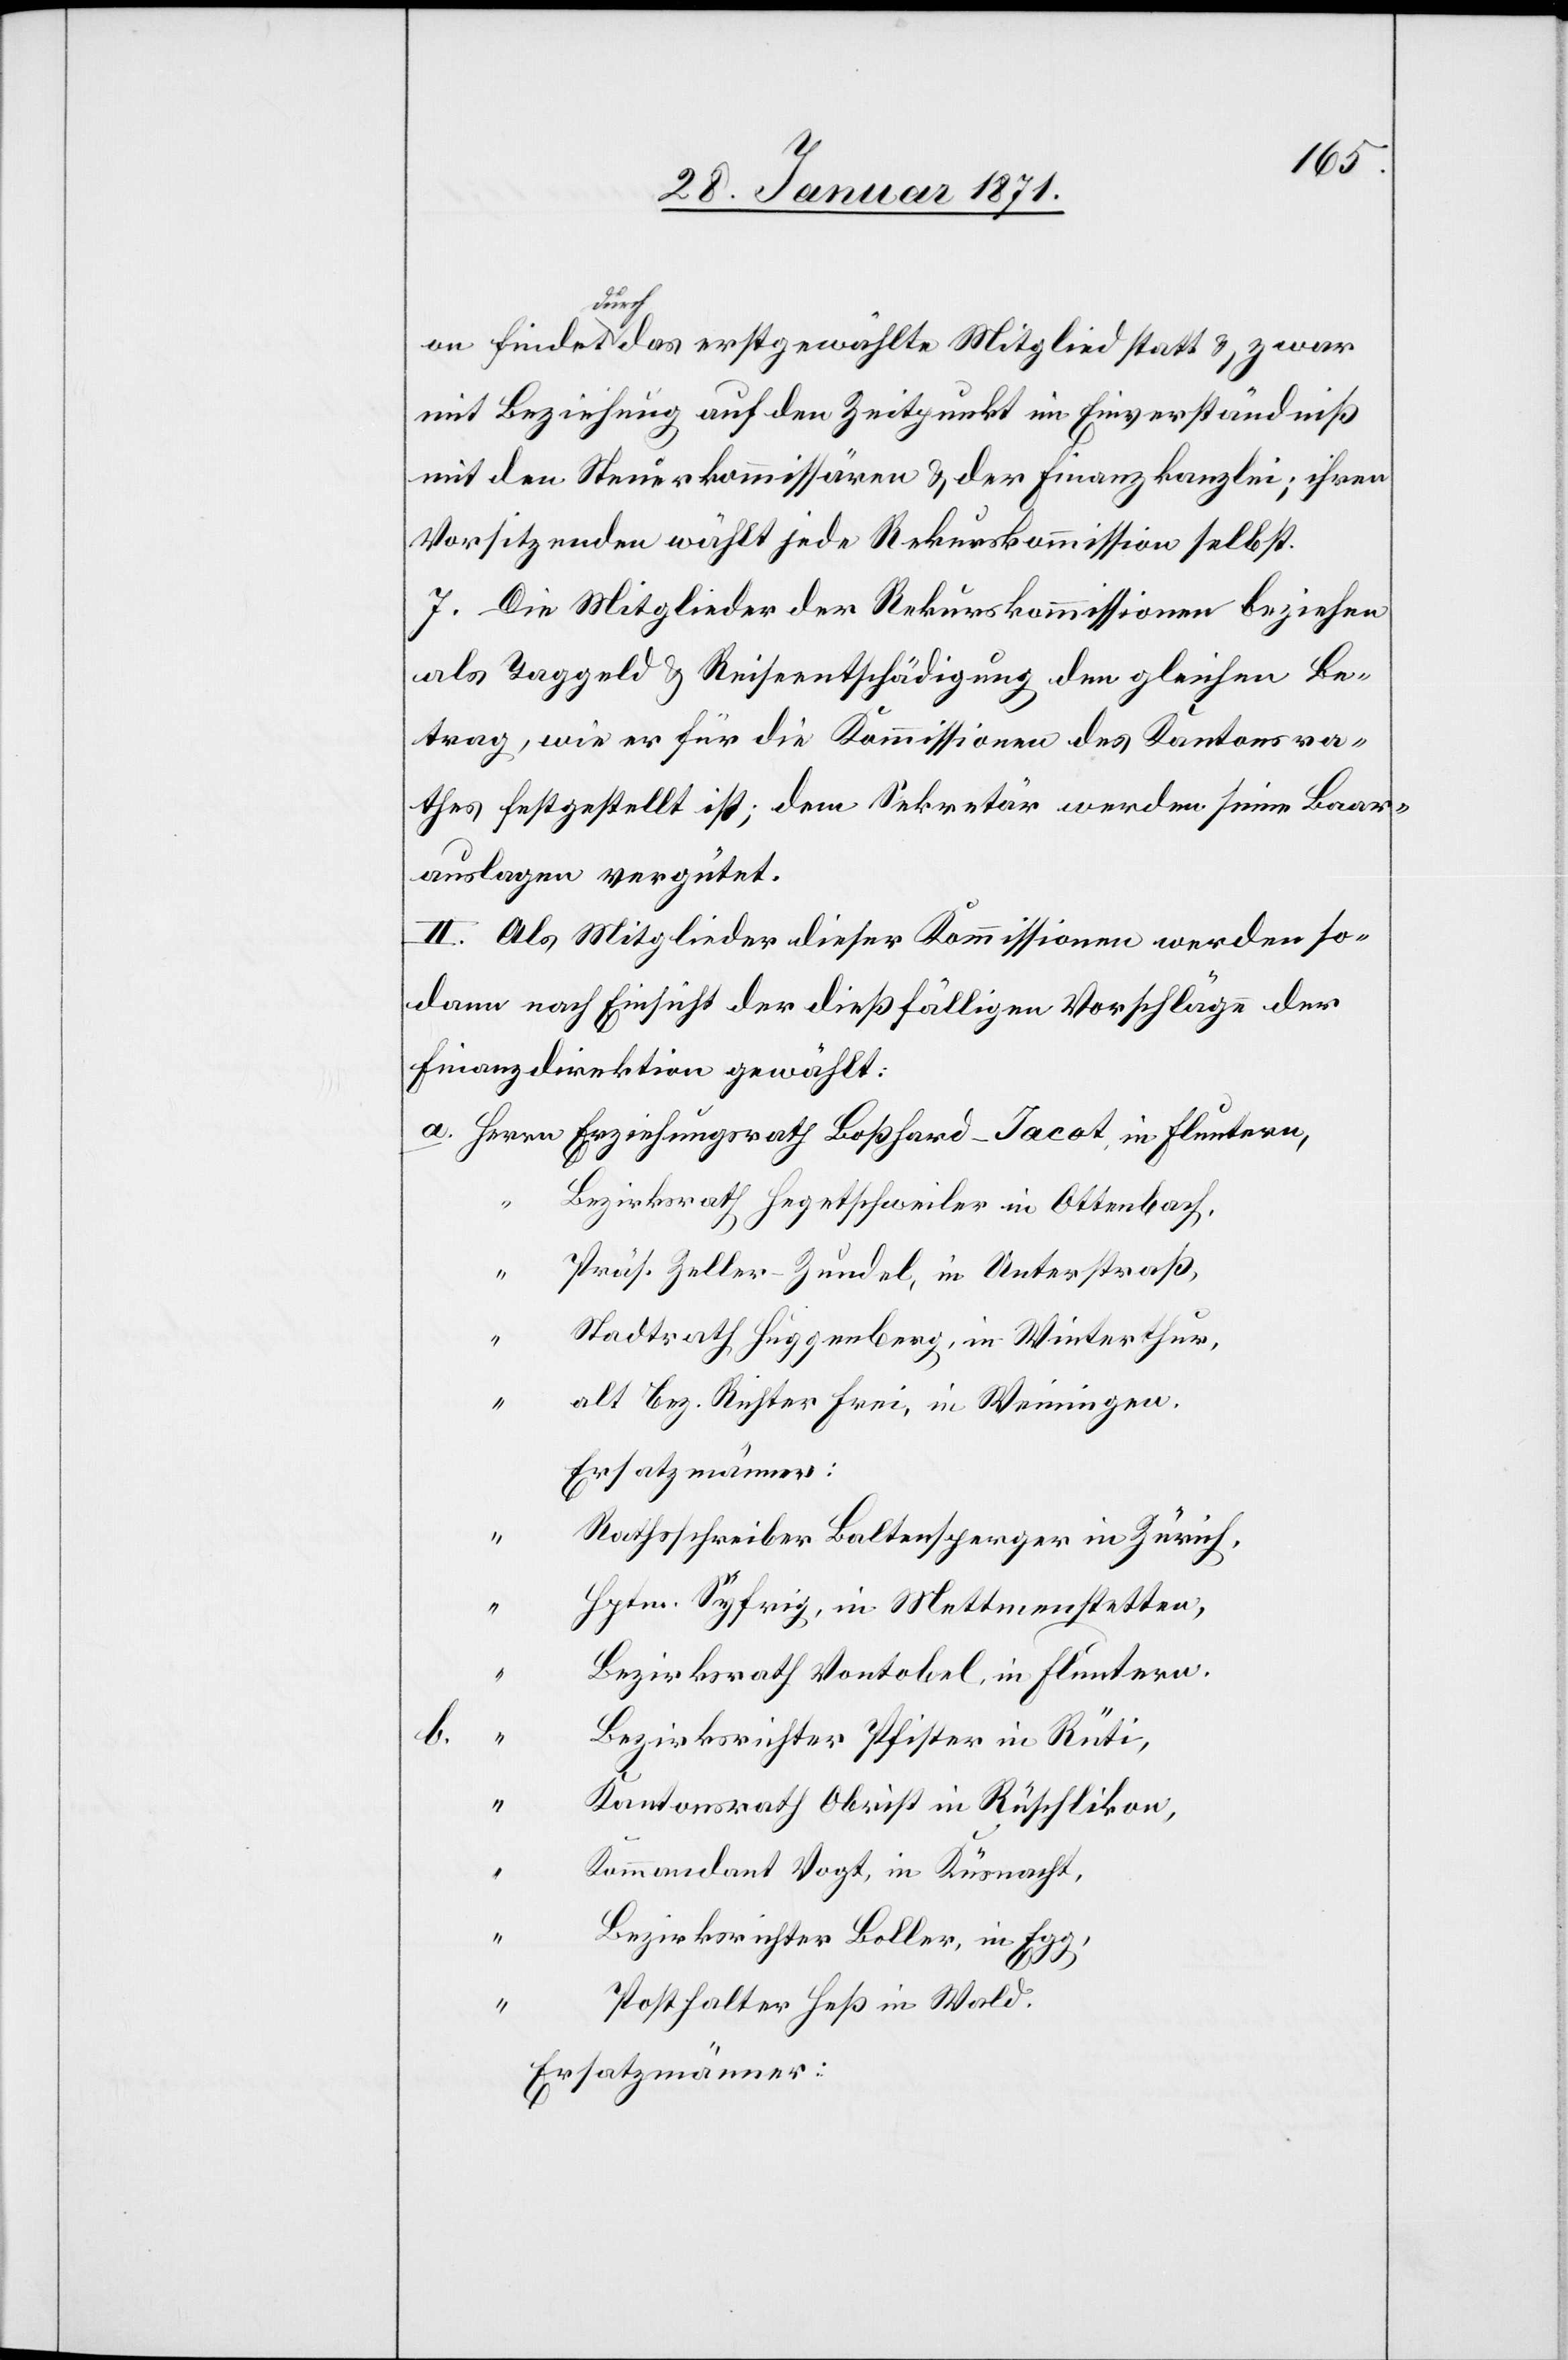
on findet durch das erstgewählte Mitglied statt u. zwar
mit Beziehung auf den Zeitpunkt im Einverständniß
mit den Steuerkommissären u. der Finanzkanzlei; ihren
Vorsitzenden wählt jede Rekurskommission selbst.
7. Die Mitglieder der Rekurskommissionen beziehen
als Taggeld u. Reiseentschädigung den gleichen Be¬
trag, wie er für die Kommissionen des Kantonsra¬
thes festgestellt ist; dem Sekretär werden seine Baar¬
auslagen vergütet.
II. Als Mitglieder dieser Kommissionen werden so¬
dann nach Einsicht der dießfälligen Vorschläge der
Finanzdirektion gewählt:
b.
“
Bezirksrath Hegetschweiler in Ottenbach,
Präs. Zeller-Zundel, in Unterstraß,
“
Stadtrath Huggenberg, in Winterthur,
“
alt Bez. Richter Frei, in Weiningen.
Ersatzmänner:
Rathsschreiber Baltensperger in Zürich
Hptm. Syfrig, in Mettmenstetten,
Bezirksrath Vontobel, in Fluntern.
Bezirksrichter Pfister in Rüti,
“
Kantonsrath Obrist in Rüschlikon,
“
Kommandant Vogt, in Küsnacht,
“
Bezirksrichter Boller, in Egg,
Posthalter Heß in Wald.
Ersatzmänner: